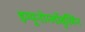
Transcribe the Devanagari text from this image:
इम्यूनोग्लॉबुलिन